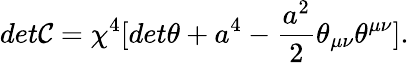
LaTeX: det\mathcal{C}={\chi}^{4}[det{\theta}+a^{4}-\frac{{a^{2}}}{{2}}{\theta}_{{\mu}{\nu}}{\theta}^{{\mu}{\nu}}].